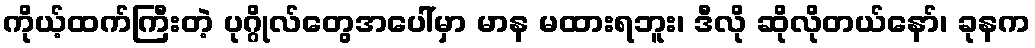
ကိုယ့်ထက်ကြီးတဲ့ ပုဂ္ဂိုလ်တွေအပေါ်မှာ မာန မထားရဘူး၊ ဒီလို ဆိုလိုတယ်နော်၊ ခုနက